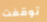
توقفت